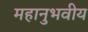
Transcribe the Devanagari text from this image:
महानुभवीय